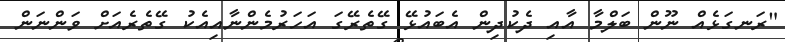
"ރަނގަޅެއް ނޫން ބަލްމާ އާއި ދެކުދިން އެބައުޅޭ ގޭތެރޭގަ އަހަރުމެންނާއިއެކު ގޭތެރެއަށް ވަންނަން